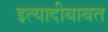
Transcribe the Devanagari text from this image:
इत्यादीबाबत